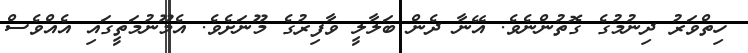
ހިތްވަރު ދިނުމުގެ ގޮތުންނެވެ. އޭނާ ދެން ބަލާލީ ވާފިރުގެ މޫނަށެވެ. އެމޫނުމަތީގައި އެއްވެސް